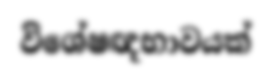
විශේෂඥභාවයක්